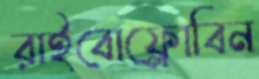
রাইবোফ্লোবিন